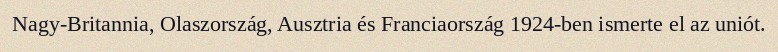
Nagy-Britannia, Olaszország, Ausztria és Franciaország 1924-ben ismerte el az uniót.